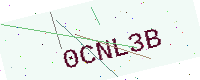
Text: 0CNL3B